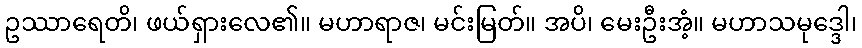
ဥဿာရေတိ၊ ဖယ်ရှားလေ၏။ မဟာရာဇ၊ မင်းမြတ်။ အပိ၊ မေးဦးအံ့။ မဟာသမုဒ္ဒေါ၊